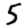
Digit: 5